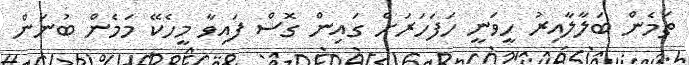
ތަމެން ބަލާލާއިރު ހީވަނީ ހަފަހަރަށް ގައިން ގޮސް ފައިވާ މީހެކޭ މަމެން ބުނަން